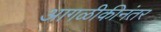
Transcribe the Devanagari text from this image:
आगळीकीनंतर